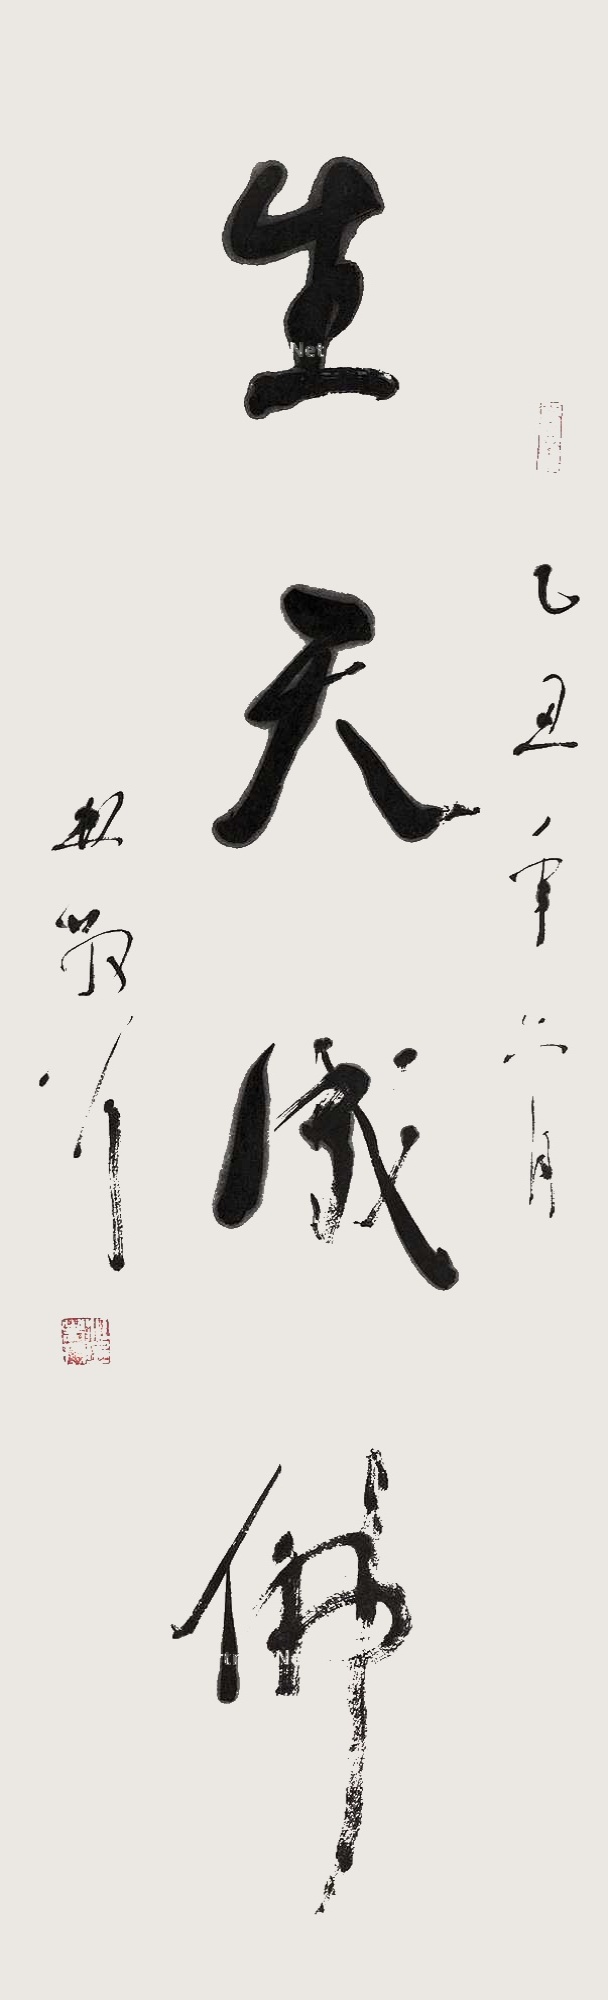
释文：乙丑年六月，林散耳。吉祥、江上老人